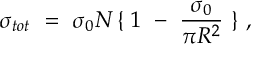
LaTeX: \sigma _ { t o t } \, \, = \, \, \sigma _ { 0 } N \, \{ \, \, 1 \, \, - \, \, \frac { \sigma _ { 0 } } { \pi R ^ { 2 } } \, \, \} \, \, ,